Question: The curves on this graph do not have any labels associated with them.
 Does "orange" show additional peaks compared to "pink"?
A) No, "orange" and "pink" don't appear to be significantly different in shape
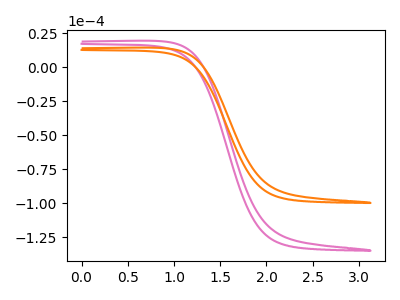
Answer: <think>The pink curve "pink" has no peaks. The orange curve "orange" has no peaks.
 Neither "orange" or "pink" have any peaks.</think>
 <answer>A) No, "orange" and "pink" don't appear to be significantly different in shape</answer>
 <eval>A</eval>